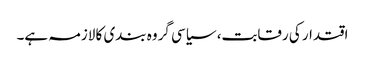
اقتدار کی رقابت، سیاسی گروہ بندی کا لازمہ ہے۔